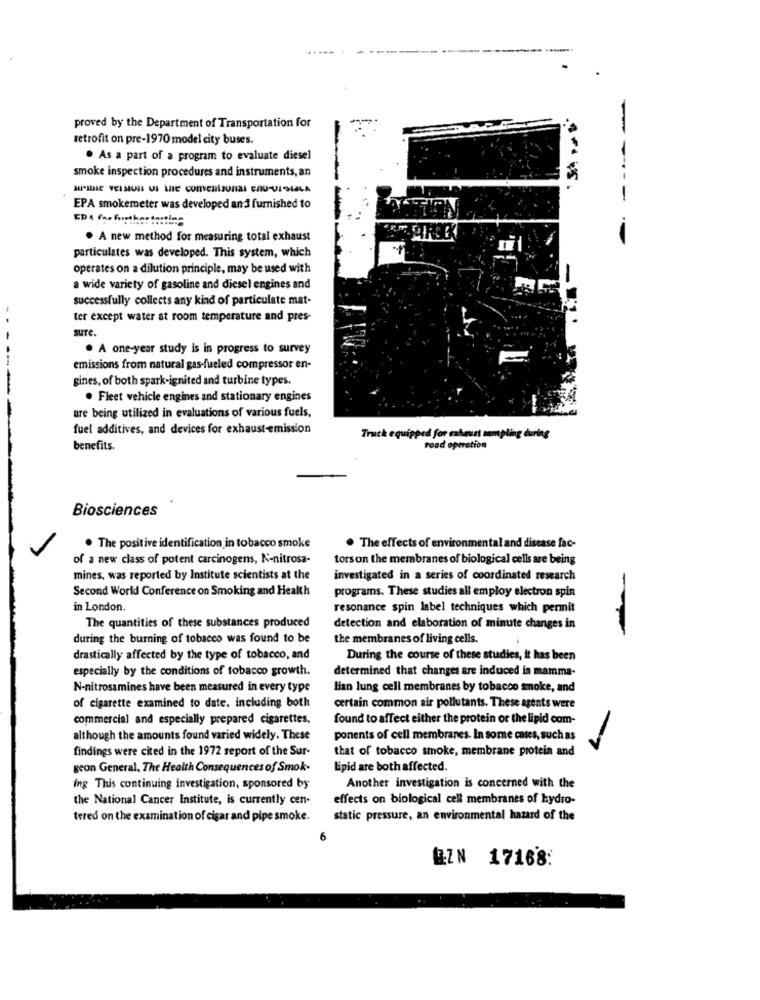
proved by the Department of Transportation for
-
retrofit on pre-1970 model city buses.
. As a part of a program to evaluate diesel
smoke inspection procedures and instruments, an
-
EPA smokemeter was developed and furnished to
EDA far farsther tortina
. A new method for measuring total exhaust
particulates was developed. This system, which
operates on a dilution principle, may be used with
-
a wide variety of gasoline and diesel engines and
successfully collects any kind of particulate mat-
ter except water at room temperature and pres-
suTe.
. A one-year study is in progress to survey
emissions from natural gas-fueled compressor en-
gines, of both spark-ignited and turbine types.
. Fleet vehicle engines and stationary engines
are being utilized in evaluations of various fuels,
fuel additives, and devices for exhaust-emission
Truck equipped for exhaust sampling during
benefits.
road operation
Biosciences
. The positive identification in tobacco smoke
. The effects of environmental and disease fac-
of a new class of potent carcinogens, N-nitrosa-
torson the membranes of biological cells are being
mines, was reported by Institute scientists at the
investigated in a series of coordinated research
Second World Conference on Smoking and Health
programs. These studies all employ electron spin
-
in London.
resonance spin label techniques which permit
The quantities of these substances produced
detection and elaboration of minute changes in
during the burning of tobacco was found to be
the membranes of living cells.
drastically affected by the type of tobacco, and
During the course of these studies, it has been
especially by the conditions of tobacco growth.
determined that changes are induced in mamma-
N-nitrosamines have been measured in every type
lian lung cell membranes by tobacco smoke, and
of cigarette examined to date, including both
certain common air pollutants. These agents were
commercial and especially prepared cigarettes.
found to affect either the protein or the lipid com-
although the amounts found varied widely. These
ponents of cell membranes. In some cases, such as
findings were cited in the 1972 report of the Sur-
that of tobacco smoke, membrane protein and
-
geon General, The Health Consequences of Smok-
Lipid are both affected.
ing This continuing investigation, sponsored by
Another investigation is concerned with the
the National Cancer Institute, is currently cen-
effects on biological cell membranes of hydro-
tered on the examination of cigar and pipe smoke.
static pressure, an environmental hazard of the
6
EZN 17168: